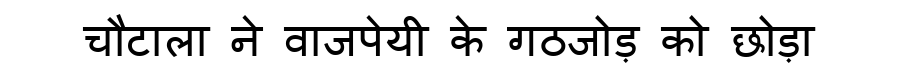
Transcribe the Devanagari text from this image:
चौटाला ने वाजपेयी के गठजोड़ को छोड़ा